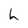
Character: h